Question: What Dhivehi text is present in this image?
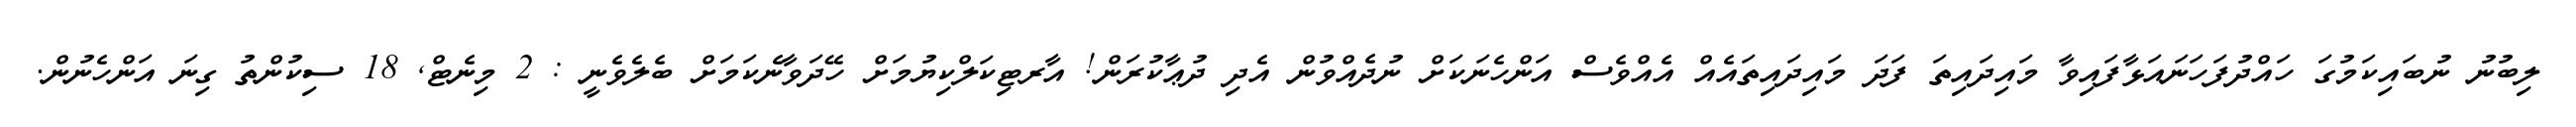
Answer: ލިބުނު ނުބައިކަމުގަ ހައްދުފަހަނައަޅާފައިވާ މައިދައިތަ ފަދަ މައިދައިތައެއް އެއްވެސް އަންހެނަކަށް ނުދެއްވުން އެދި ދުޢާކުރަން! އާރޓިކަލްކިޔުމަށް ހޭދަވާނެކަމަށް ބެލެވެނީ : 2 މިނެޓް, 18 ސިކުންތު ގިނަ އަންހެނުން.